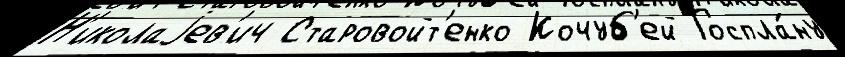
Н'иколаjев'ич Старовойт'енко Кочуб'ей Госпла́ну